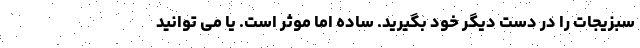
سبزیجات را در دست دیگر خود بگیرید. ساده اما موثر است. یا می توانید